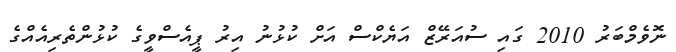
ނޮވެމްބަރު 2010 ގައި ސުއަރޭޒް އަޔެކްސް އަށް ކުޅުނު އިރު ޕީއެސްވީގެ ކުޅުންތެރިއެއްގެ